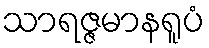
သာရဇ္ဇမာနရူပံ